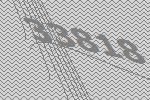
33818